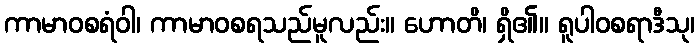
ကာမာဝစရံဝါ၊ ကာမာဝစရသည်မူလည်း။ ဟောတိ၊ ရှိ၏။ ရူပါဝစရာဒီသု၊